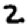
Digit: 2